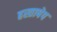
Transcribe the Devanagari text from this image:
हस्ताषेप